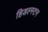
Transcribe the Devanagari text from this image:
हिडल्स्टन